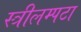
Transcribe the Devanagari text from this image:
स्त्रीलम्पटा